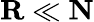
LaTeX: \mathbf R\ll\mathbf N